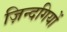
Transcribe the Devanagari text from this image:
ज़िन्दगियों